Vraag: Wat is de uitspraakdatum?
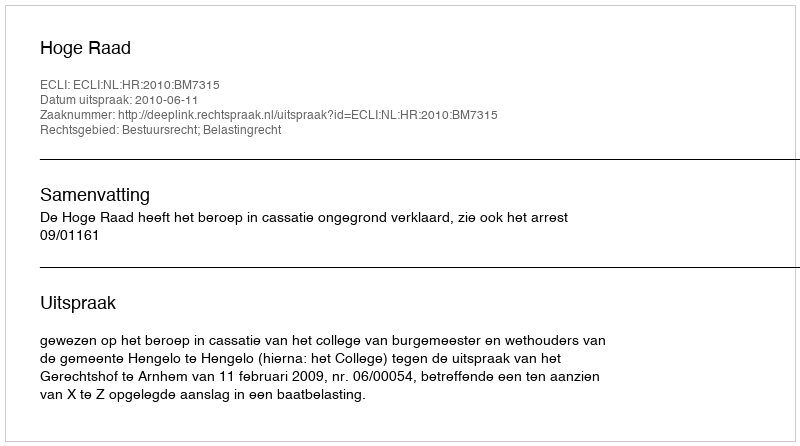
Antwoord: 2010-06-11